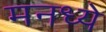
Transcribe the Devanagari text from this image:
मनध्ये